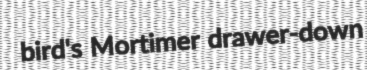
bird's Mortimer drawer-down